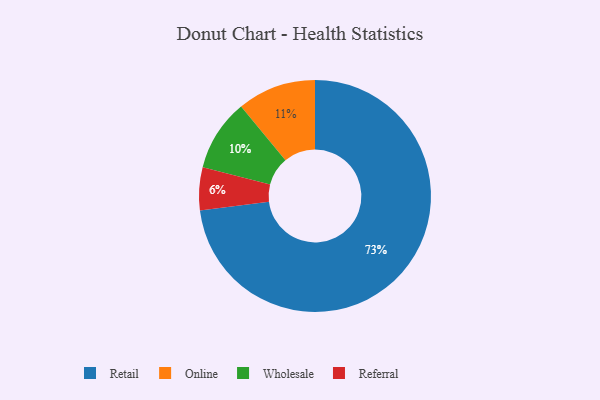
{"axis": {"x": "Category", "y": "Percentage"}, "legend": ["Online", "Referral", "Retail", "Wholesale"], "data": [{"x": "Retail", "y": 73, "type": "Retail"}, {"x": "Online", "y": 11, "type": "Online"}, {"x": "Wholesale", "y": 10, "type": "Wholesale"}, {"x": "Referral", "y": 6, "type": "Referral"}]}